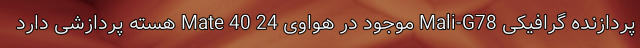
پردازنده گرافیکی Mali-G78 موجود در هواوی Mate 40 24 هسته پردازشی دارد